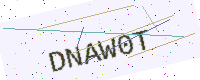
Text: DNAW0T